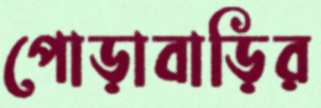
পোড়াবাড়ির